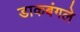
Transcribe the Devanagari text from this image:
डाकबंगले